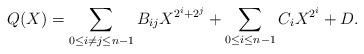
LaTeX: \begin{align*} Q(X) = \sum_{0 \le i \ne j \le n-1} B_{ij} X^{2^i+2^j} + \sum_{0 \le i \le n-1} C_i X^{2^i} + D.\end{align*}